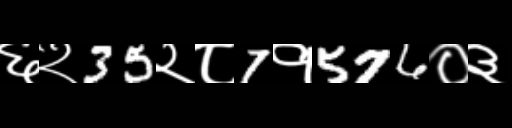
Text: ६२35२८7१576०३